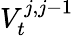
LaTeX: V_{t}^{j,j-1}